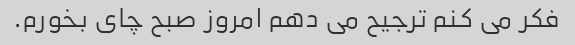
فکر می کنم ترجیح می دهم امروز صبح چای بخورم.